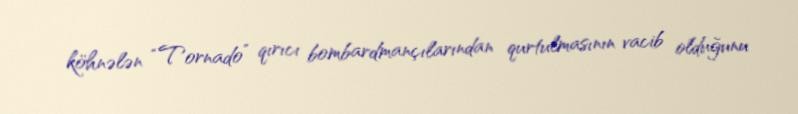
köhnələn “Tornado” qırıcı bombardmançılarından qurtulmasının vacib olduğunu